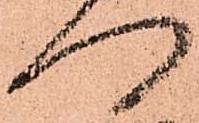
門